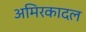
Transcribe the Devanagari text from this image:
अमिरकादल